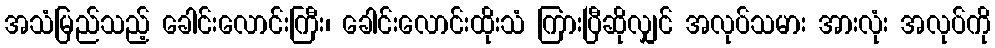
အသံမြည်သည့် ခေါင်းလောင်းကြီး၊ ခေါင်းလောင်းထိုးသံ ကြားပြီဆိုလျှင် အလုပ်သမား အားလုံး အလုပ်ကို